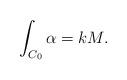
LaTeX: \begin{align*}\int_{C_0} \alpha = kM.\end{align*}